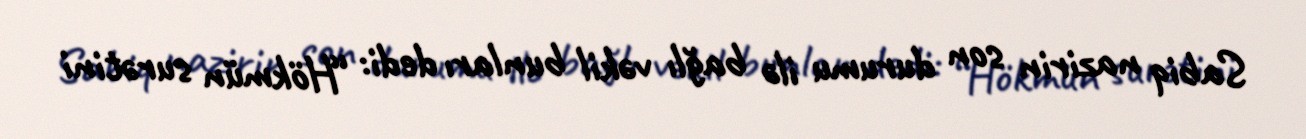
Sabiq nazirin son durumu ilə bağlı vəkil bunları dedi: “Hökmün surətini